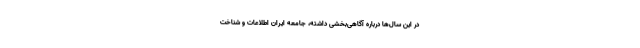
در این سال‌ها درباره آگاهی‌بخشی داشته، جامعه ایران اطلاعات و شناخت